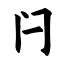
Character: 闩